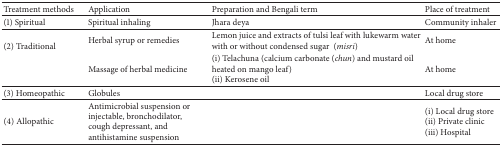
<table><thead><tr><td><b>Treatment methods</b></td><td><b>Application</b></td><td><b>Preparation and Bengali term </b></td><td><b>Place of treatment</b></td></tr></thead><tbody><tr><td>(1) Spiritual</td><td>Spiritual inhaling </td><td>Jhara deya </td><td>Community inhaler</td></tr><tr><td rowspan="2">(2) Traditional</td><td>Herbal syrup or remedies </td><td>Lemon juice and extracts of tulsi leaf with lukewarm water with or without condensed sugar (<i>misri</i>)</td><td>At home</td></tr><tr><td>Massage of herbal medicine</td><td>(i) Telachuna (calcium carbonate (<i>chun</i>) and mustard oil heated on mango leaf)(ii) Kerosene oil </td><td>At home</td></tr><tr><td>(3) Homeopathic</td><td>Globules</td><td> </td><td>Local drug store</td></tr><tr><td>(4) Allopathic</td><td>Antimicrobial suspension or injectable, bronchodilator, cough depressant, and antihistamine suspension</td><td> </td><td>(i) Local drug store(ii) Private clinic(iii) Hospital</td></tr></tbody></table>